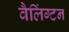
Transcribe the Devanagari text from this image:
वैलिंग्टन